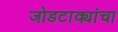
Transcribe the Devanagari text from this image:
जोडटाक्यांचा